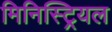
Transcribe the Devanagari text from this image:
मिनिस्ट्रियल